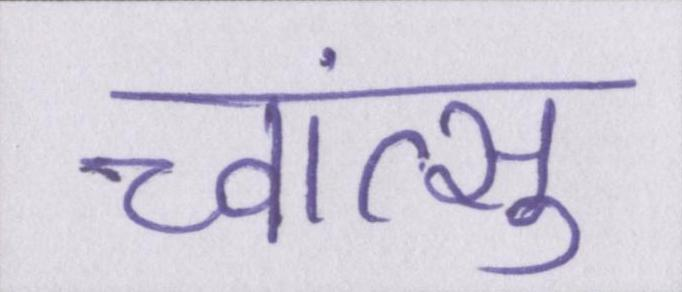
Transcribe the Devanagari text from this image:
च्वांत्सु